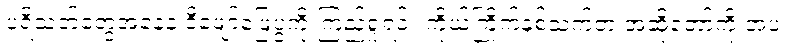
ပရိသတ်တွေအနေနဲ့ ဒီဖျော်ဖြေပွဲကို ကြည့်ရှုရင်း ကိုယ်ကြိုက်နှစ်သက်တဲ့ အဆိုတော်ကို အပ